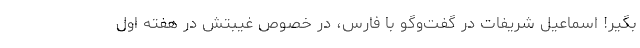
بگیر! اسماعیل شریفات در گفت‌وگو با فارس، در خصوص غیبتش در هفته اول